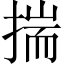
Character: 揣